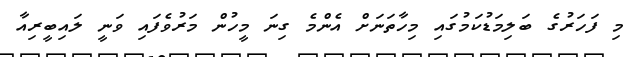
މި ފަހަރުގެ ބަލިމަޑުކަމުގައި މިހާތަނަށް އެންމެ ގިނަ މީހުން މަރުވެފައި ވަނީ ލައިބީރިއާ